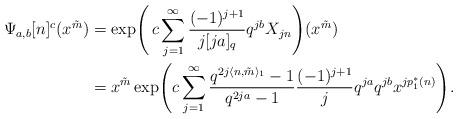
LaTeX: \begin{align*}\Psi_{a,b}[n]^c(x^{\tilde m})&= \exp\Biggl(\, c \sum_{j=1}^{\infty} \frac{(-1)^{j+1}}{j[ja]_q} q^{jb} X_{jn}\Biggr)(x^{\tilde m})\\&=x^{\tilde m} \exp\Biggl( c \sum_{j=1}^{\infty} \frac{q^{2j\langle n,\tilde m \rangle_1}-1}{q^{2ja}-1} \frac{(-1)^{j+1}}{j }q^{ja}q^{jb} x^{ j p_1^*(n)}\Biggr). \end{align*}